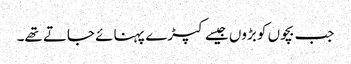
جب بچوں کو بڑوں جیسے کپڑے پہنائے جاتے تھے۔